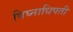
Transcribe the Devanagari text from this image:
विघ्नाधिपती